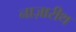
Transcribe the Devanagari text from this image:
नाज़ारीथ